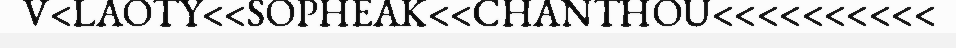
V<LAOTY<<SOPHEAK<<CHANTHOU<<<<<<<<<<